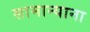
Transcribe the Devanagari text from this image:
सामान्याना